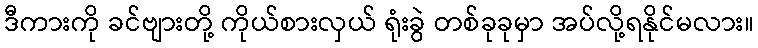
ဒီကားကို ခင်ဗျားတို့ ကိုယ်စားလှယ် ရုံးခွဲ တစ်ခုခုမှာ အပ်လို့ရနိုင်မလား။